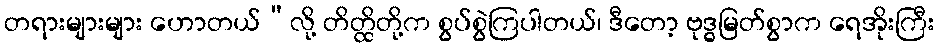
တရားများများ ဟောတယ်”လို့ တိတ္ထိတို့က စွပ်စွဲကြပါတယ်၊ ဒီတော့ ဗုဒ္ဓမြတ်စွာက ရေအိုးကြီး